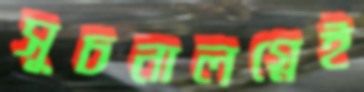
সূচনালগ্নেই